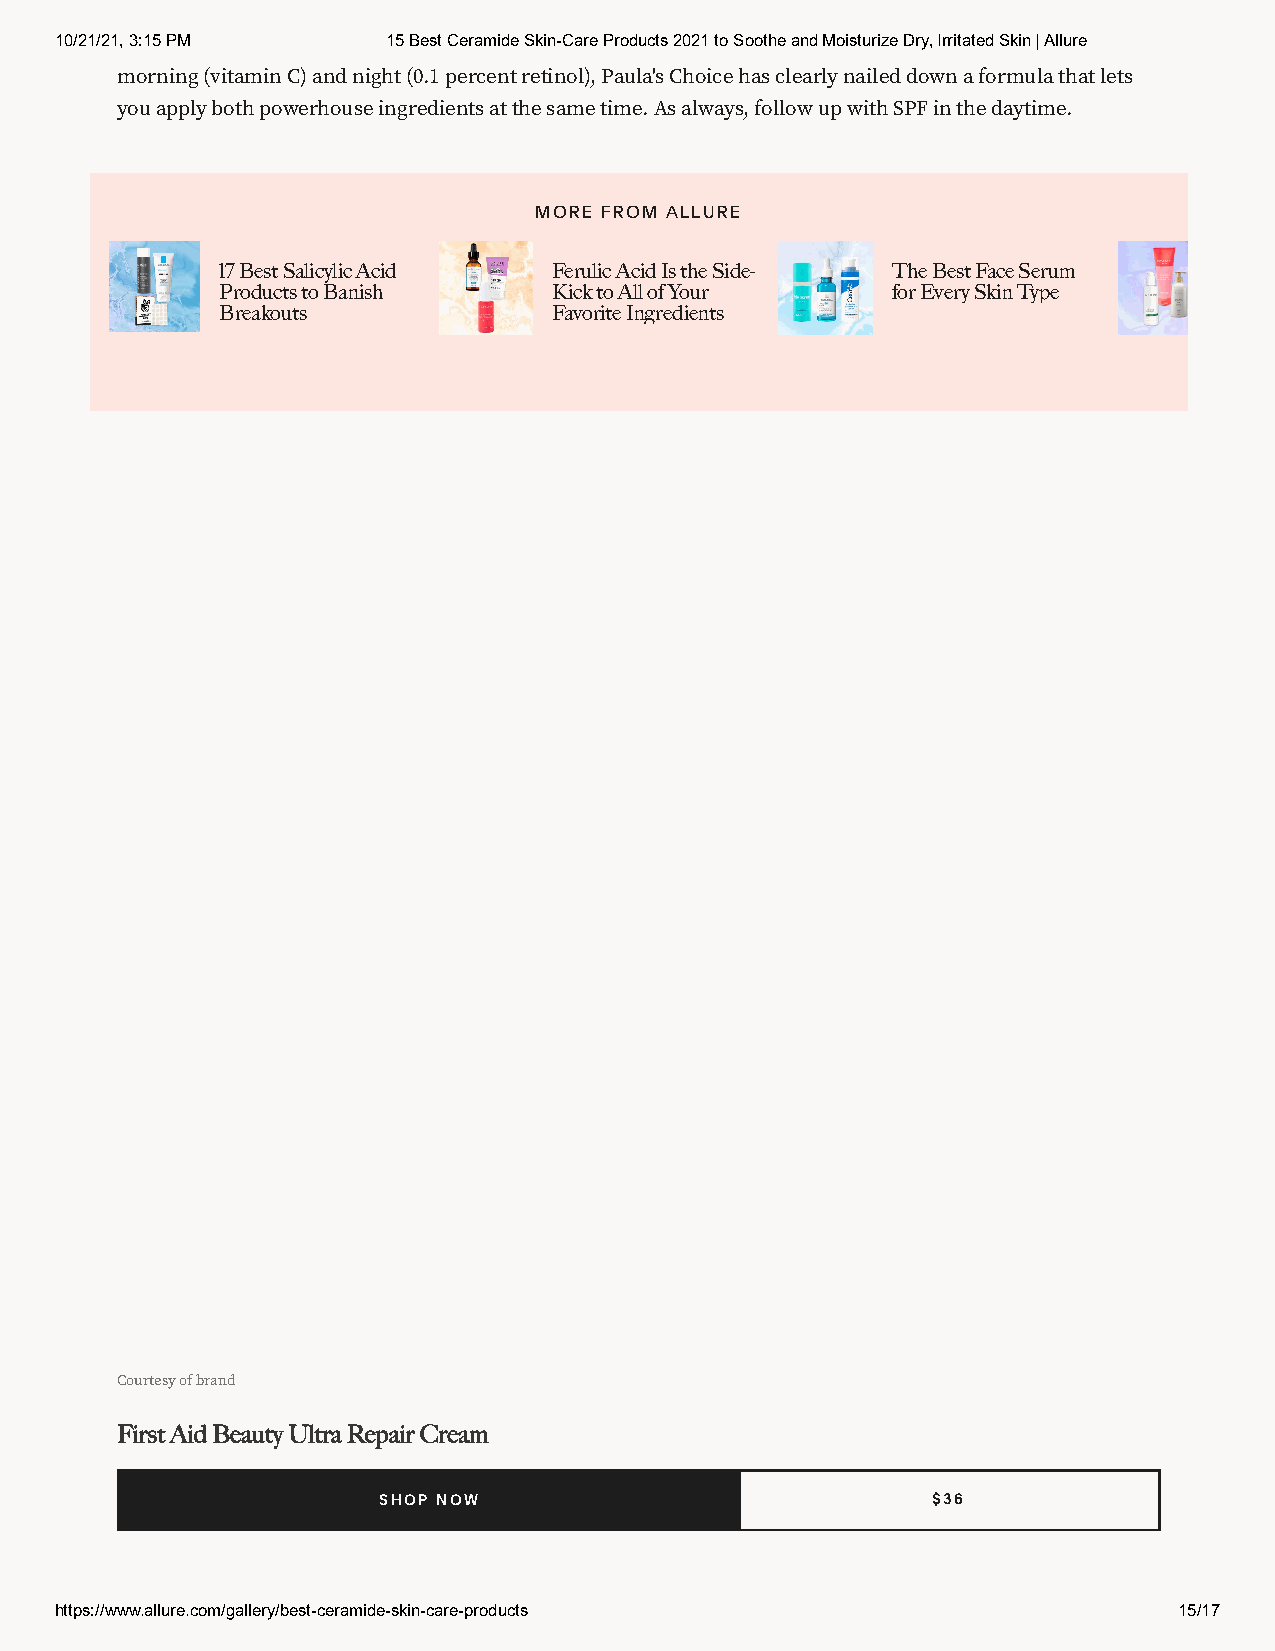
10/21/21, 3:15 PM     15 Best Ceramide Skin-Care Products 2021 to Soothe and Moisturize Dry, Irritated Skin | Allure
 morning (vitamin C) and night (0.1 percent retinol), Paula's Choice has clearly nailed down a formula that lets
 you apply both powerhouse ingredients at the same time. As always, follow up with SPF in the daytime.
 MORE FROM ALLURE
 17 Best Salicylic Acid Ferulic Acid Is the Side- The Best Face Serum
 Products to Banish    Kick to All of Your   for Every Skin Type
 Breakouts             Favorite Ingredients
 Courtesy of brand
 First Aid Beauty Ultra Repair Cream
 SHOP NOW                             $36
 https://www.allure.com/gallery/best-ceramide-skin-care-products           15/17